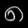
Digit: ၈